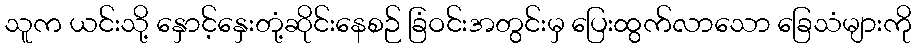
သူက ယင်းသို့ နှောင့်နှေးတုံ့ဆိုင်းနေစဉ် ခြံဝင်းအတွင်းမှ ပြေးထွက်လာသော ခြေသံများကို